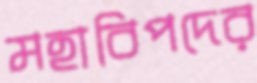
মহাবিপদের